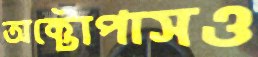
অক্টোপাসও